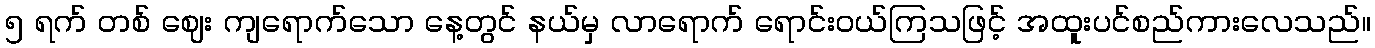
၅ ရက် တစ် ဈေး ကျရောက်သော နေ့တွင် နယ်မှ လာရောက် ရောင်းဝယ်ကြသဖြင့် အထူးပင်စည်ကားလေသည်။